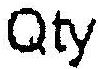
QTY